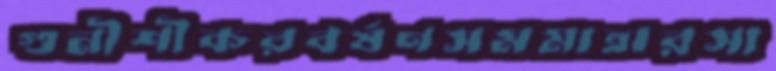
গুনীশীকরবর্ষণসমমাত্রারসা